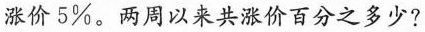
涨价5\%。两周以来共涨价百分之多少?